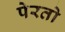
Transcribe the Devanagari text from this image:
पेरतो